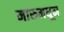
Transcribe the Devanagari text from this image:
मारुमधून